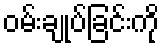
ဝမ်းချုပ်ခြင်းကို